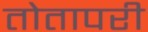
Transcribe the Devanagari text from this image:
तोतापरी